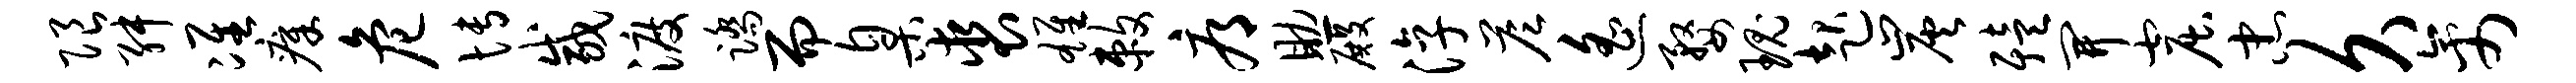
限舛准瘴危博咸渡踏而臬裘雄敕辱助殿淳答遥婺瑰起炭殪开窟忠久禽